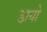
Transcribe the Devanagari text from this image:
डायो